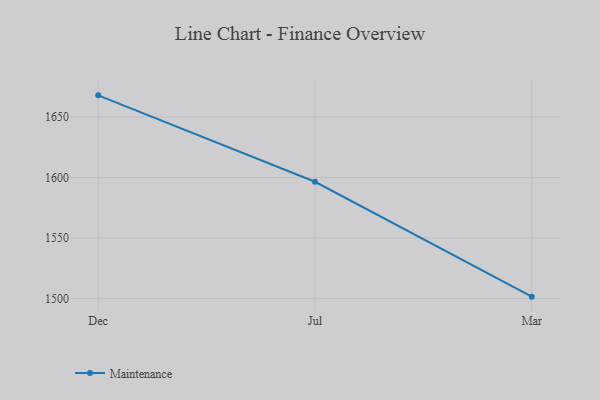
{"axis": {"x": "Month", "y": "Website Visitors"}, "legend": ["Maintenance"], "data": [{"x": "Dec", "y": 1667.9, "type": "Maintenance"}, {"x": "Jul", "y": 1596.5, "type": "Maintenance"}, {"x": "Mar", "y": 1501.6, "type": "Maintenance"}]}